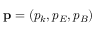
\mathbf { p } = ( p _ { k } , p _ { E } , p _ { B } )